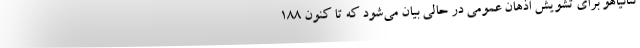
نتانیاهو برای تشویش اذهان عمومی در حالی بیان می‌شود که تا کنون ۱۸۸